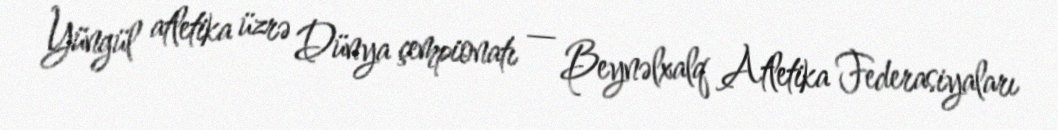
Yüngül atletika üzrə Dünya çempionatı — Beynəlxalq Atletika Federasiyaları